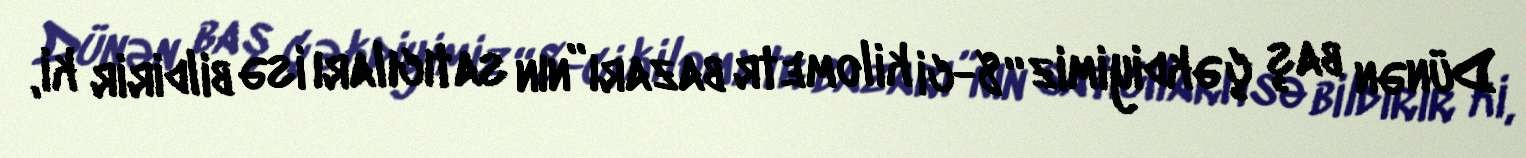
Dünən baş çəkdiyimiz “8-ci kilometr bazarı”nın satıcıları isə bildirir ki,